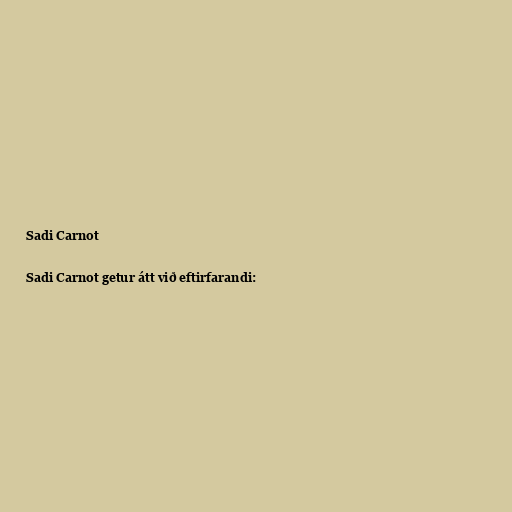
Sadi Carnot

Sadi Carnot getur átt við eftirfarandi: